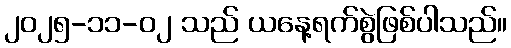
၂၀၂၅-၁၁-၀၂ သည် ယနေ့ရက်စွဲဖြစ်ပါသည်။